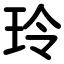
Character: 玲